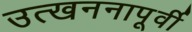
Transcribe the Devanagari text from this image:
उत्खननापूर्वी